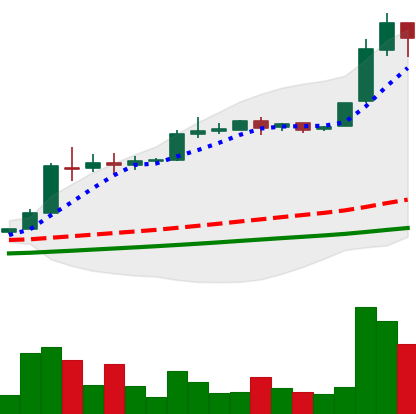
Ticker: BTC-USD
Chart end date: 2016-06-14
Forward return: 11.41%
Label: up_7plus